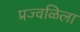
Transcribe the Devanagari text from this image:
प्रज्वळिला